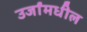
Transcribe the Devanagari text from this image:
उर्जांमधील